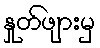
နှုတ်ဖျားမှ